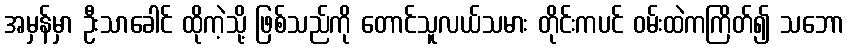
အမှန်မှာ ဦးသာခေါင် ထိုကဲ့သို့ ဖြစ်သည်ကို တောင်သူလယ်သမား တိုင်းကပင် ဝမ်းထဲကကြိတ်၍ သဘော